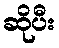
ဆိုပီး